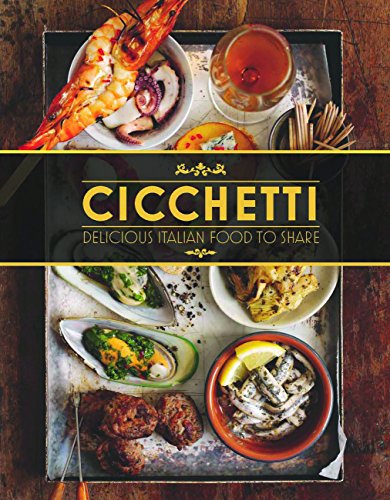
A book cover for Cicchetti: Delicious Italian Food to Share; Lindy Wildsmith; Cookbooks, Food & Wine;